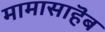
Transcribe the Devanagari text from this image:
मामासाहॆब